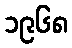
၁၉၆၈